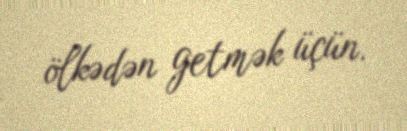
ölkədən getmək üçün.